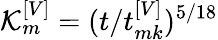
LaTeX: \mathcal{K}_{m}^{\left[V\right]}=(t/t_{mk}^{\left[V\right]})^{5/18}